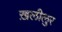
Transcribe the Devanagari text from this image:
ख़लीलुर